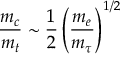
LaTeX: { \frac { m _ { c } } { m _ { t } } } \sim { \frac { 1 } { 2 } } \left( { \frac { m _ { e } } { m _ { \tau } } } \right) ^ { 1 / 2 }